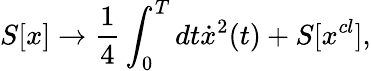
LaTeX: S[x]\to\frac{1}{4}\int_{0}^{T}{dt\dot{x}^{2}}(t)+S[x^{cl}],